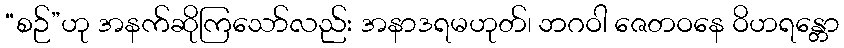
“စဉ်”ဟု အနက်ဆိုကြသော်လည်း အနာဒရမဟုတ်၊ ဘဂဝါ ဇေတဝနေ ဝိဟရန္တော